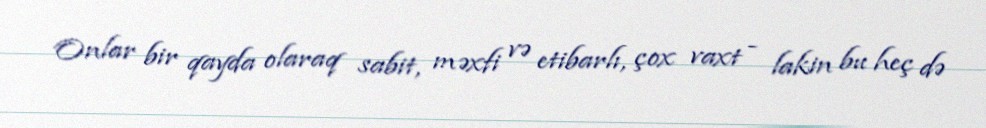
Onlar bir qayda olaraq sabit, məxfi və etibarlı, çox vaxt - lakin bu heç də